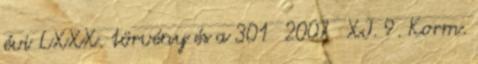
évi LXXX. törvény és a 301 2007 XI. 9. Korm.